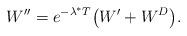
LaTeX: \begin{align*}W''=e^{-\lambda^* T}\big(W'+W^D\big).\end{align*}